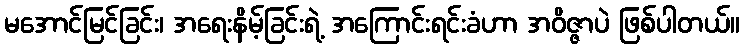
မအောင်မြင်ခြင်း၊ အရေးနိမ့်ခြင်းရဲ့ အကြောင်းရင်းခံဟာ အဝိဇ္ဇာပဲ ဖြစ်ပါတယ်။